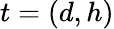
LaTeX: t=(d,h)